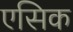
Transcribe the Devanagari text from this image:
एसिक